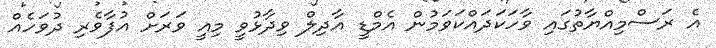
އެ ރަސްމިއްޔާތުގައި ވާހަކަދައްކަވަމުން އެމްޑީ އާދިލް ވިދާޅުވީ މިއީ ވަރަށް އުފާވެރި ދުވަހެއް